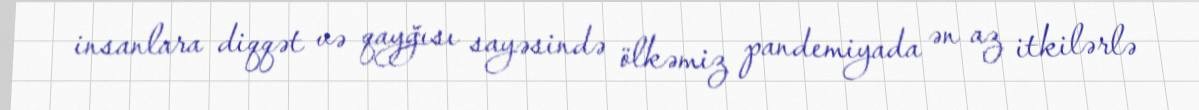
insanlara diqqət və qayğısı sayəsində ölkəmiz pandemiyada ən az itkilərlə